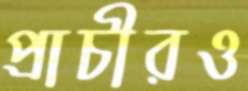
প্রাচীরও